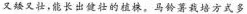
喀喀湖流域，在光照无足的情况下，幼芽生长缓慢，